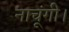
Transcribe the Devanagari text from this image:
नाचूंगी।